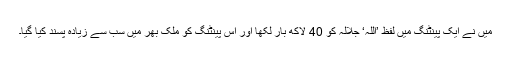
میں نے ایک پینٹنگ میں لفظ ’اللہ‘ جلالہ کو 40 لاکھ بار لکھا اور اس پینٹنگ کو ملک بھر میں سب سے زیادہ پسند کیا گیا۔